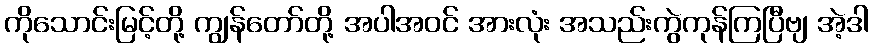
ကိုသောင်းမြင့်တို့ ကျွန်တော်တို့ အပါအဝင် အားလုံး အသည်းကွဲကုန်ကြပြီဗျ အဲ့ဒါ